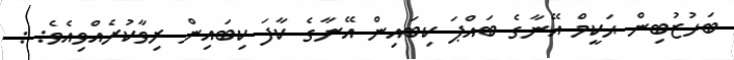
ބަހުޒުބިން ޙަކީމް އޭނާގެ ބައްޕަ ކިބައިން އޭނާގެ ކާފަ ކިބައިން ރިވާކުރެއްވިއެވެ: :